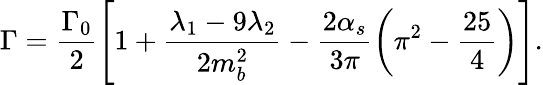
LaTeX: \Gamma=\frac{\Gamma_{0}}2\left[1+\frac{\lambda_{1}-9\lambda_{2}}{2m_{b}^{2}}-\frac{2\alpha_{s}}{3\pi}\left(\pi^{2}-\frac{25}{4}\right)\right].